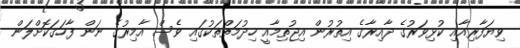
ވިޔަފާރިއާއި ކުޅިވަރުގެ ދާއިރާގެ އިތުރުން އިޖުތިމާއީ ހިދުމަތްތަކުގައި ވެސް އާމިރުގެ ނަން ފާހަގަކޮށްލަން